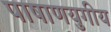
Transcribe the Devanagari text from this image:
पाषाणयुगीय